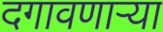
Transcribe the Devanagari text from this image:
दगावणाऱ्या